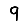
Digit: 9